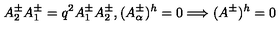
A _ { 2 } ^ { \pm } A _ { 1 } ^ { \pm } = q ^ { 2 } A _ { 1 } ^ { \pm } A _ { 2 } ^ { \pm } , ( A _ { \alpha } ^ { \pm } ) ^ { h } = 0 \Longrightarrow ( A ^ { \pm } ) ^ { h } = 0